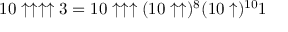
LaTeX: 1 0 \uparrow \uparrow \uparrow \uparrow 3 = 1 0 \uparrow \uparrow \uparrow ( 1 0 \uparrow \uparrow ) ^ { 8 } ( 1 0 \uparrow ) ^ { 1 0 } 1